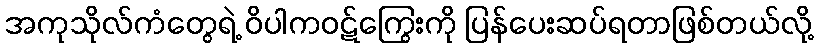
အကုသိုလ်ကံတွေရဲ့ ဝိပါကဝဋ်ကြွေးကို ပြန်ပေးဆပ်ရတာဖြစ်တယ်လို့